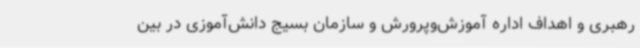
رهبری و اهداف اداره آموزش‌وپرورش و سازمان بسیج دانش‌آموزی در بین